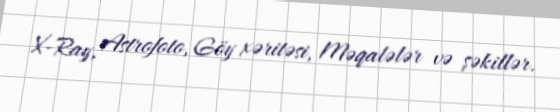
X-Ray, Astrofoto, Göy xəritəsi, Məqalələr və şəkillər.